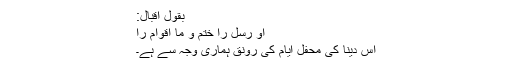
بقول اقبال:
او رسل را ختم و ما اقوام را
اس دینا کی محفل ایام کی رونق ہماری وجہ سے ہے۔